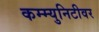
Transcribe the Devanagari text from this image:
कम्म्युनिटीवर